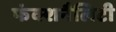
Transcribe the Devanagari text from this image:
फंक्शनैलिटी